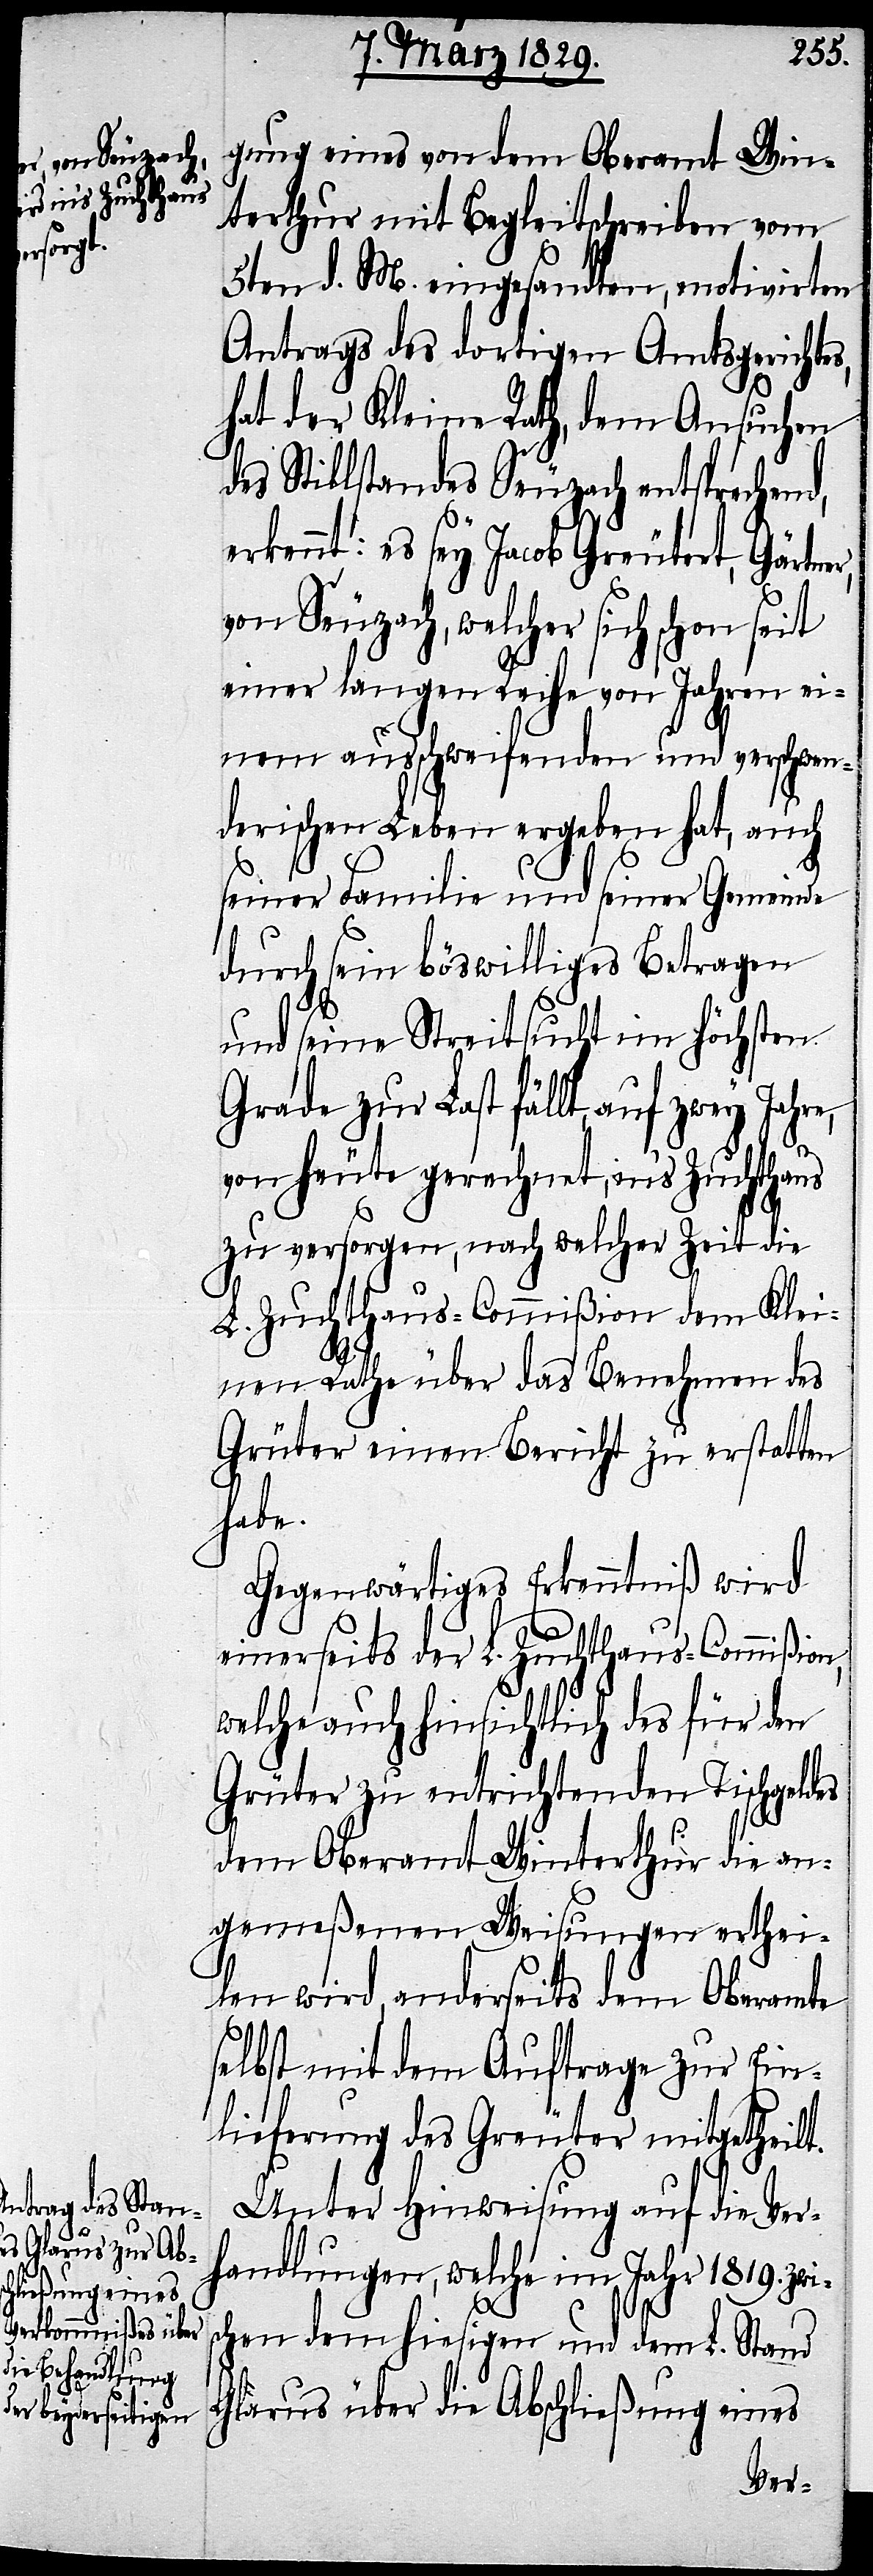
gung eines von dem Oberamt Win¬
terthur mit Begleitschreiben vom
5ten d. M. eingesandten, motivirten
Antrags des dortigen Amtsgerichtes,
hat der Kleine Rath, dem Ansuchen
des Stillstandes Seuzach entsprechend,
erkennt: es sey Jacob Greutert, Gärtner,
von Seuzach welcher sich schon seit
einer langen Reihe von Jahren ei¬
nem ausschweifenden und verschwen¬
derischen Leben ergeben hat, auch
seiner Familie und seiner Gemeinde
durch sein böswilliges Betragen
und seine Streitsuch im höchsten
Grade zur Last fällt, auf zwey
von heute gerechnet, in’s Zuchthaus
zu versorgen, nach welcher Zeit die
L. Zuchthaus-Commißion dem Klei¬
nen Rathe über das Benehmen des
Grüter einen Bericht zu erstatten
habe.
Gegenwärtiges Erkenntniß wird
einerseits der L. Zuchthaus-Commißion,
welche auch hinsichtlich des für den
Grüter zu entrichtenden Tischgeldes
dem Oberamt Winterthur die an¬
gemeßenen Weisungen erthei¬
len wird, anderseits dem Oberamte
selbst mit dem Auftrage zur Ein¬
lieferung des Greuter mitgetheilt
Unter Hinweisung auf die Ver¬
handlungen, welche im Jahr 1819. zwis¬
chen dem hiesigen und dem L. Stand
Glarus über die Abschließung eines